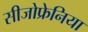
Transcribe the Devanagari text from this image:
सीजोफ्रेनिया